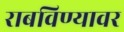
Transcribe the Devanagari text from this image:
राबविण्यावर